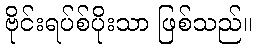
ဗိုင်းရပ်စ်ပိုးသာ ဖြစ်သည်။